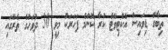
ތިބާގެ ޑިވައިސް އެކްޓިވޭޓް ކުރާ ކޮންމެ ފަހަރަކު މިވީ 30 ދުވަހުގެ ތެރޭގައި